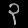
Digit: ၃